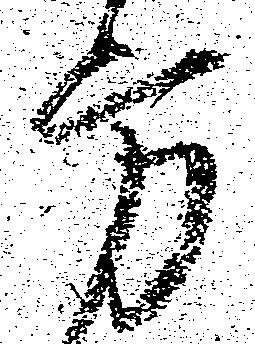
方